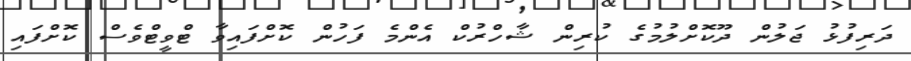
ދަރިފުޅު ޖަލުން ދޫކޮށްލުމުގެ ކުރިން ޝާހްރުކް އެންމެ ފަހުން ކޮށްފައިވާ ޓްވީޓްވެސް ކޮށްފައި